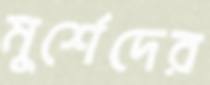
মুর্শেদের